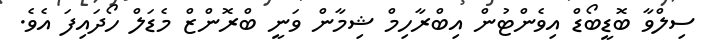
ސިލްވާ ބޮޑީބޯޑް އިވެންޓުން އިބްރާހިމް ޝިމާން ވަނީ ބްރޮންޒް މެޑަލް ހޯދައިފަ އެވެ.